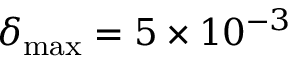
\delta _ { \mathrm { m a x } } = 5 \times 1 0 ^ { - 3 }